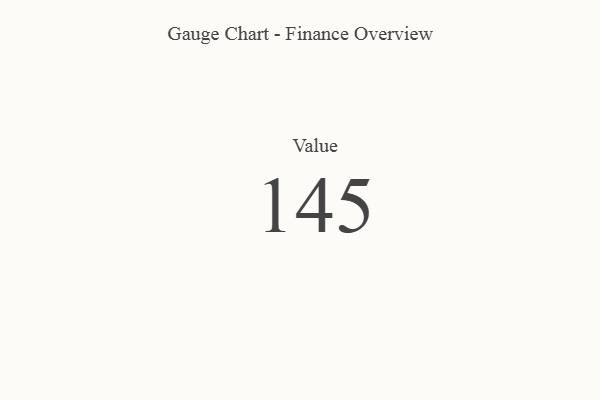
{"axis": {"x": "Metric", "y": "Value"}, "legend": [""], "data": [{"x": "Value", "y": 145, "type": ""}]}